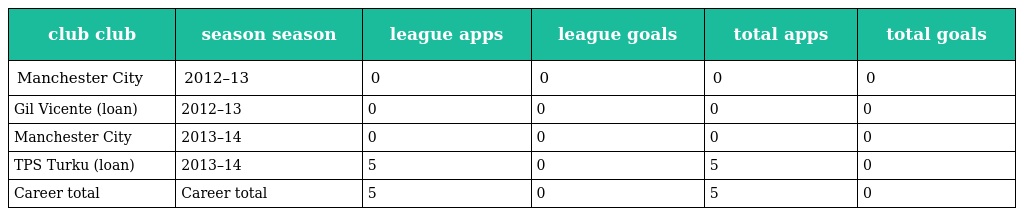
| club club | season season | league apps | league goals | total apps | total goals |
 | --- | --- | --- | --- | --- | --- |
 | Manchester City | 2012–13 | 0 | 0 | 0 | 0 |
 | Gil Vicente (loan) | 2012–13 | 0 | 0 | 0 | 0 |
 | Manchester City | 2013–14 | 0 | 0 | 0 | 0 |
 | TPS Turku (loan) | 2013–14 | 5 | 0 | 5 | 0 |
 | Career total | Career total | 5 | 0 | 5 | 0 |